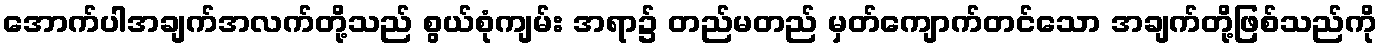
အောက်ပါအချက်အလက်တို့သည် စွယ်စုံကျမ်း အရာ၌ တည်မတည် မှတ်ကျောက်တင်သော အချက်တို့ဖြစ်သည်ကို